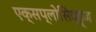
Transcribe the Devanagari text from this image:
एक्सप्लोसिव्ह्ज